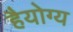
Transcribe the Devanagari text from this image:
हैयोग्य